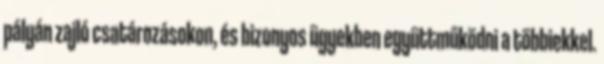
pályán zajló csatározásokon, és bizonyos ügyekben együttműködni a többiekkel.